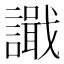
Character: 𫍎